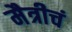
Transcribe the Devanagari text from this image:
मैत्रीचं